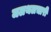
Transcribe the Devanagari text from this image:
जलथलचारी